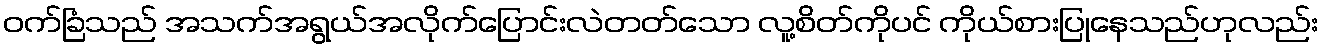
ဝက်ခြံသည် အသက်အရွယ်အလိုက်ပြောင်းလဲတတ်သော လူ့စိတ်ကိုပင် ကိုယ်စားပြုနေသည်ဟုလည်း